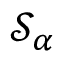
\mathcal { S } _ { \alpha }